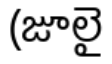
(జూలై